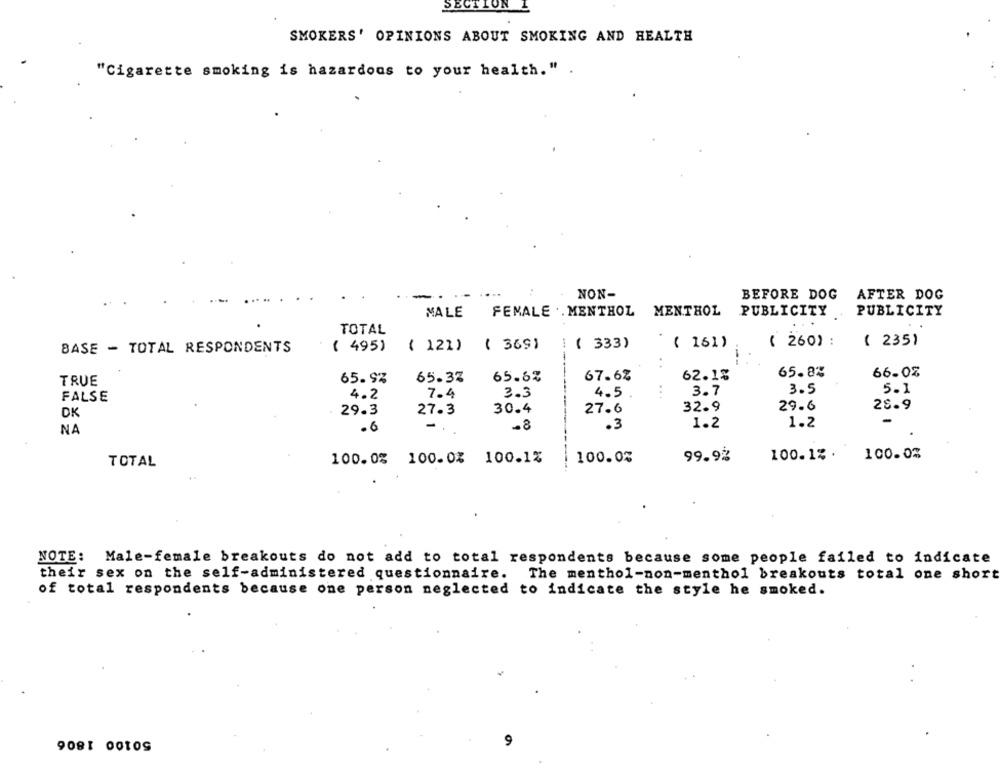
SECTION 1
SMOKERS' OPINIONS ABOUT SMOKING AND HEALTH
"Cigarette smoking is hazardous to your health." .
NON-
BEFORE DOG
AFTER DOG
MALE
FEMALE .. MENTHOL MENTHOL
PUBLICITY PUBLICITY
TOTAL
( 495)
( 121)
( 369)
( 333)
( 161)
( 260) :
( 235)
BASE - TOTAL RESPONDENTS
. .
65.37
65.6%
-----
67.6%
62.1%
65.8%
66.02
TRUE
65.93
7.4
3.3
4.5
3.7
3.5
5.1
FALSE
4.2
30.4
27.6
32.9
29.6
28.9
DK
29.3
27.3
1.2
1.2
NA
.6
-.
-8
.3
100.1%.
100.0%
TOTAL
100.0% 100.0% 100.1%
100.0%
99.9%
NOTE: Male-female breakouts do not add to total respondents because some people failed to indicate
their sex on the self-administered questionnaire. The menthol-non-menthol breakouts total one short
of total respondents because one person neglected to indicate the style he smoked.
9